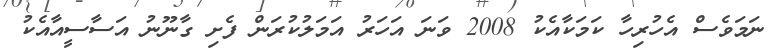
ނަމަވެސް އެހުރިހާ ކަމަކާއެކު 2008 ވަނަ އަހަރު އަމަލުކުރަން ފެށި ގާނޫނު އަސާސީއާއެކު